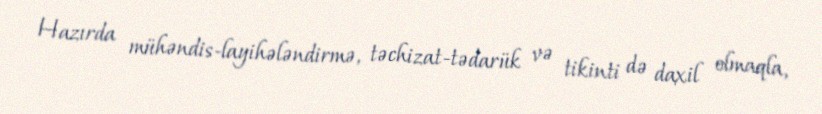
Hazırda mühəndis-layihələndirmə, təchizat-tədarük və tikinti də daxil olmaqla,